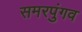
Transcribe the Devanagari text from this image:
समरपुंगव